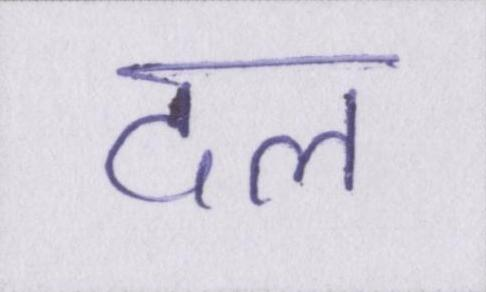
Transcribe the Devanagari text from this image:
दल